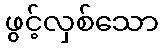
ဖွင့်လှစ်သော